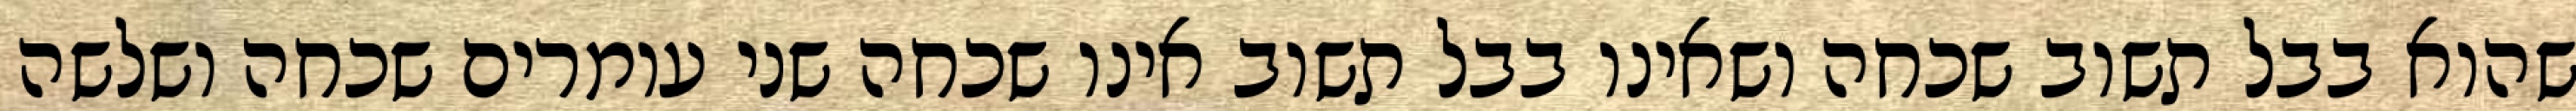
שהוא בבל תשוב שכחה ושאינו בבל תשוב אינו שכחה שני עומרים שכחה ושלשה